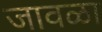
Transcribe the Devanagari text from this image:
जावळा